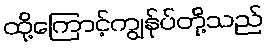
ထို့ကြောင့်ကျွန်ုပ်တို့သည်